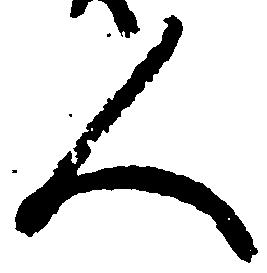
人